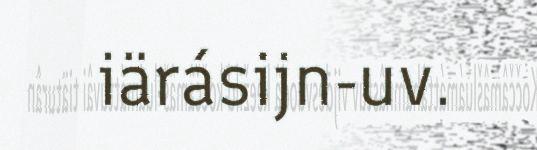
iärásijn-uv.